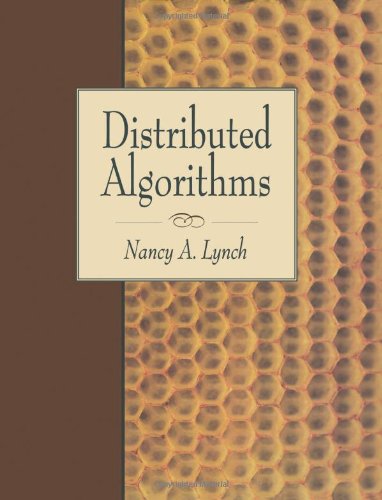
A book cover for Distributed Algorithms (The Morgan Kaufmann Series in Data Management Systems); Nancy A. Lynch; Computers & Technology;